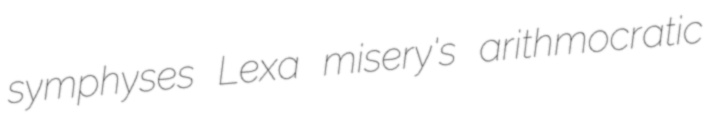
symphyses Lexa misery's arithmocratic